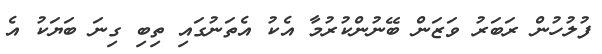
ފުލުހުން ރަބަރު ވަޒަން ބޭނުންކުރުމާ އެކު އެތަނުގައި ތިބި ގިނަ ބަޔަކު އެ